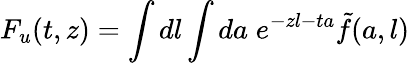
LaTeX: F_{u}(t,z)=\int dl\int da\; e^{-zl-ta}\tilde{f}(a,l)